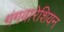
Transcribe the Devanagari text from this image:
गंगवारेशियन